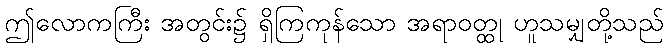
ဤလောကကြီး အတွင်း၌ ရှိကြကုန်သော အရာဝတ္ထု ဟူသမျှတို့သည်